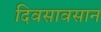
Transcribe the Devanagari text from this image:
दिवसावसान